Code of medical and sanitary regulations for the guidance of medical officers serving in the Madras Presidency - Volume I
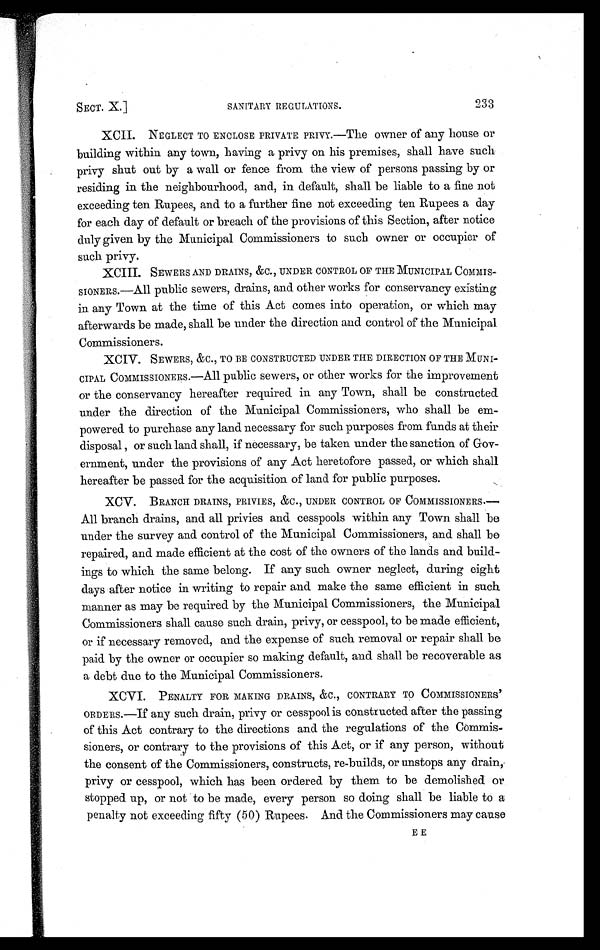
SECT. X.]
SANITARY REGULATIONS.
233
XCII. NEGLECT TO ENCLOSE PRIVATE PRIVY.—The owner of any house or
building within any town, having a privy on his premises, shall have such
privy shut out by a wall or fence from the view of persons passing by or
residing in the neighbourhood, and, in default, shall be liable to a fine not
exceeding ten Rupees, and to a further fine not exceeding ten Rupees a day
for each day of default or breach of the provisions of this Section, after notice
duly given by the Municipal Commissioners to such owner or occupier of
such privy.
XCIII. SEWERS AND DRAINS, &C., UNDER CONTROL OF THE MUNICIPAL
COMMIS-SIONERS.—All public sewers, drains, and other works for conservancy existing
in any Town at the time of this Act comes into operation, or which may
afterwards be made, shall be under the direction and control of the Municipal
Commissioners.
XCIV. SEWERS, &C., TO BE CONSTRUCTED UNDER THE DIRECTION OF THE MUNI-
CIPAL COMMISSIONERS.-All public sewers, or other works for the improvement
or the conservancy hereafter required in any Town, shall be constructed
under the direction of the Municipal Commissioners, who shall be em-
powered to purchase any land necessary for such purposes from funds at their
disposal, or such land shall, if necessary, be taken under the sanction of Gov-
ernment, under the provisions of any Act heretofore passed, or which shall
hereafter be passed for the acquisition of land for public purposes.
XCV. BRANCH DRAINS, PRIVIES, &C., UNDER CONTROL OF COMMISSIONERS.
— A l l b r a n c h d r a i n s , a n d a l l p r i v i e s a n d c e s s p o o l s w i t h i n a n y T o w n s h a l l b e
under the survey and control of the Municipal Commissioners, and shall be
repaired, and made efficient at the cost of the owners of the lands and build-
ings to which the same belong. If any such owner neglect, during eight
days after notice in writing to repair and make the same efficient in such
manner as may be required by the Municipal Commissioners, the Municipal
Commissioners shall cause such drain, privy, or cesspool, to be made efficient,
or if necessary removed, and the expense of such removal or repair shall be
paid by the owner or occupier so making default, and shall be recoverable as
a debt due to the Municipal Commissioners.
XCVI. PENALTY FOR MAKING DRAINS, &C., CONTRARY TO COMMISSIONERS'
ORDERS.—If any such drain, privy or cesspool is constructed after the passing
of this Act contrary to the directions and the regulations of the Commis-
sioners, or contrary to the provisions of this Act, or if any person, without
the consent of the Commissioners, constructs, re-builds, or unstops any drain,
privy or cesspool, which has been ordered by them to be demolished or
stopped up, or not to be made, every person so doing shall be liable to a
penalty not exceeding fifty (50) Rupees. And the Commissioners may cause
EE